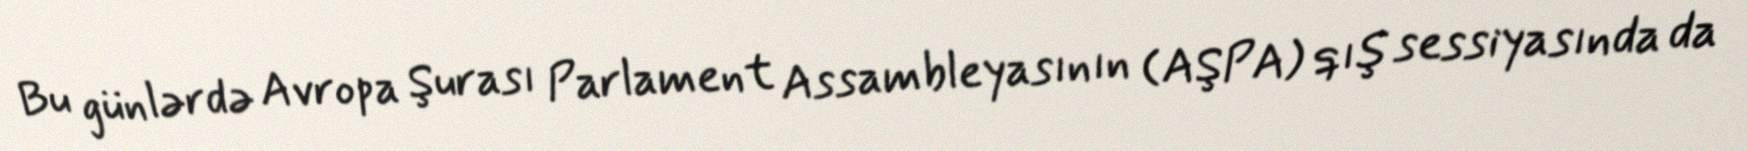
Bu günlərdə Avropa Şurası Parlament Assambleyasının (AŞPA) qış sessiyasında da